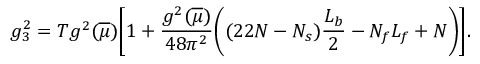
g _ { 3 } ^ { 2 } = T g ^ { 2 } ( \overline { { { \mu } } } ) \biggl [ 1 + { \frac { g ^ { 2 } ( \overline { { { \mu } } } ) } { 4 8 \pi ^ { 2 } } } \biggl ( ( 2 2 N - N _ { s } ) { \frac { L _ { b } } { 2 } } - N _ { f } L _ { f } + N \biggr ) \biggr ] .